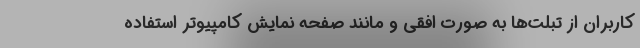
کاربران از تبلت‌ها به صورت افقی و مانند صفحه نمایش کامپیوتر استفاده